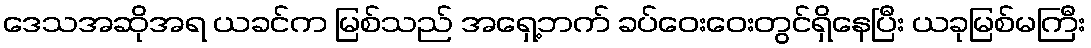
ဒေသအဆိုအရ ယခင်က မြစ်သည် အရှေ့ဘက် ခပ်ဝေးဝေးတွင်ရှိနေပြီး ယခုမြစ်မကြီး